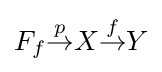
F_{f}{\overset {p}{\to }}X{\overset {f}{\to }}Y